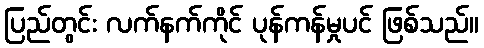
ပြည်တွင်း လက်နက်ကိုင် ပုန်ကန်မှုပင် ဖြစ်သည်။